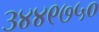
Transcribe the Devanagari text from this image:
३४४९७५०